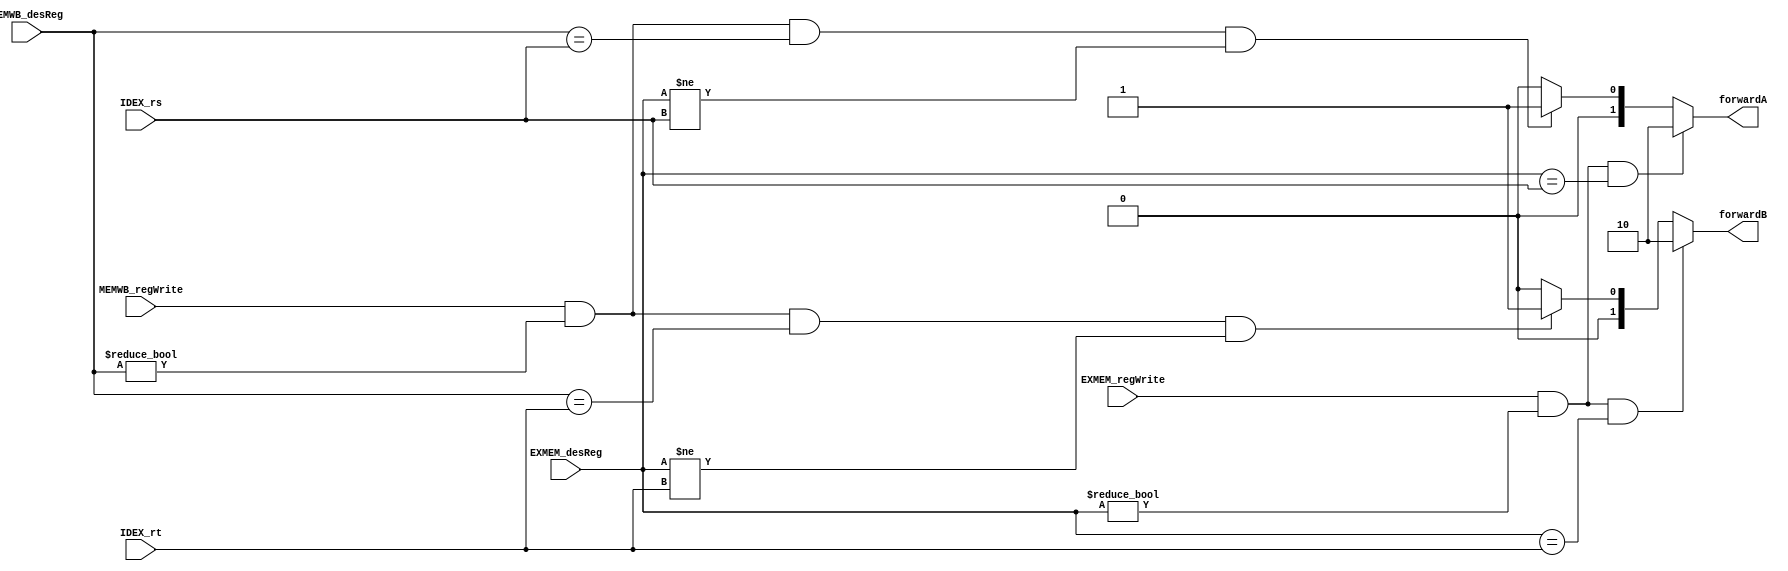
module forwardingUnit ( forwardA, forwardB, 
                        IDEX_rs, IDEX_rt, EXMEM_desReg,EXMEM_regWrite, MEMWB_regWrite, MEMWB_desReg );

input [4:0] IDEX_rs, IDEX_rt, EXMEM_desReg, MEMWB_desReg;
input EXMEM_regWrite, MEMWB_regWrite;

output reg [1:0] forwardA, forwardB;

always @ ( IDEX_rs or IDEX_rt or EXMEM_desReg or EXMEM_regWrite or MEMWB_regWrite or MEMWB_desReg )
begin

// Rd=RS & instruction before me is writing & instruction before me not writing in register $0 
if ( (EXMEM_regWrite) && (EXMEM_desReg != 0)  && (EXMEM_desReg == IDEX_rs) )
begin
forwardA<=2'b10;
end

// if instruction (-2) is writing but in $0  &&  instruction (-1) in not writing  && destination of instruction (-1) != Rs of instruction (0)  && destination of instruction (-2) == RS
else if ( (MEMWB_regWrite) &&( MEMWB_desReg != 0 ) && ( MEMWB_desReg == IDEX_rs ) && (EXMEM_desReg != IDEX_rs) )
begin
forwardA<=2'b01;
end

// no hazards
else 
begin
forwardA<=2'b00;
end

// Rd=Rt & instruction before me is writing & instruction before me not writing in register $0 
if ( (EXMEM_regWrite) && (EXMEM_desReg != 0)  && (EXMEM_desReg == IDEX_rt) )
begin
forwardB<=2'b10;
end 

// if instruction (-2) is writing but in $0  &&  instruction (-1) in not writing  && destination of instruction (-1) != Rt of instruction (0)  && destination of instruction (-2) == Rt
else if ( (MEMWB_regWrite) && ( MEMWB_desReg != 0 ) && ( MEMWB_desReg == IDEX_rt )&&(EXMEM_desReg != IDEX_rt) )
begin
forwardB<=2'b01;
end

//no hazards
else
begin
forwardB<=2'b00;
end
end
endmodule